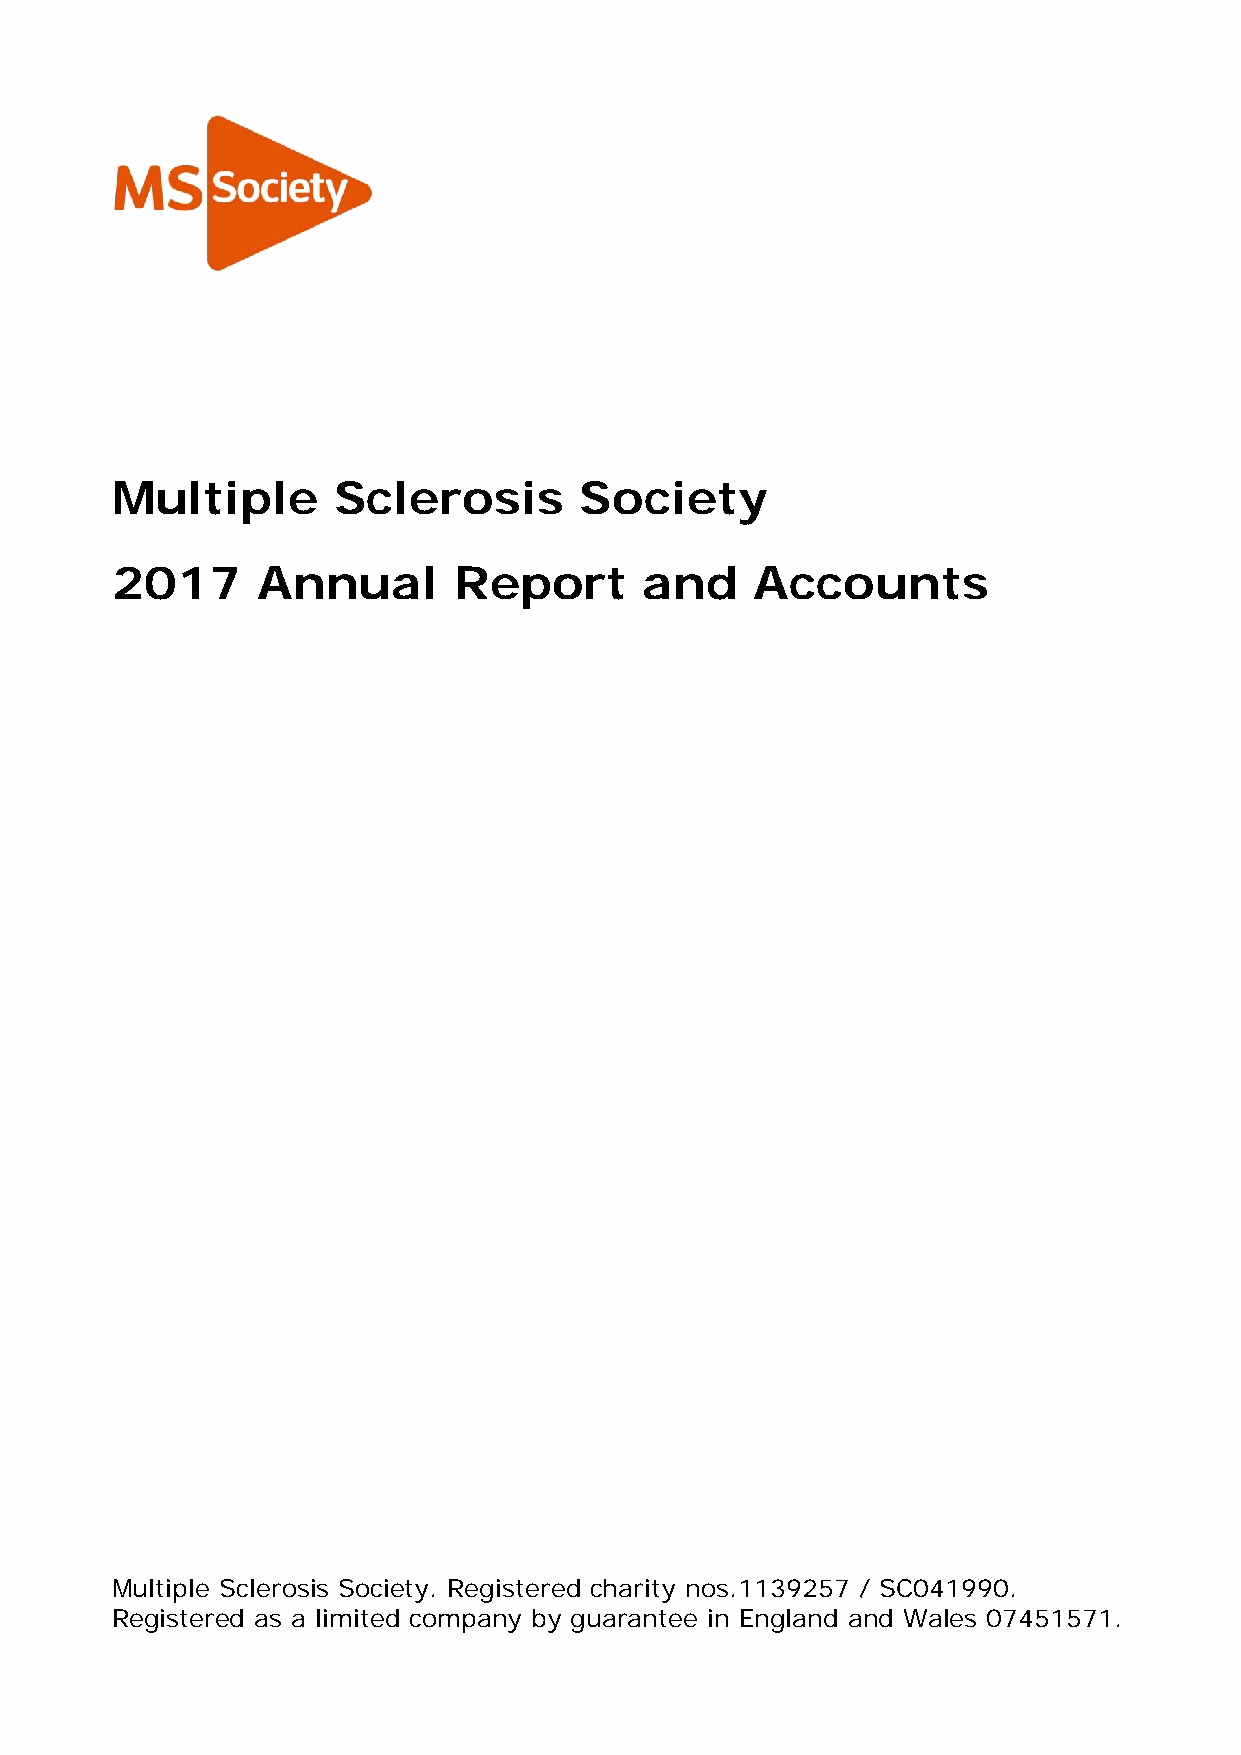
Multiple       Sclerosis       Society
 2017      Annual       Report       and    Accounts
 Multiple Sclerosis Society. Registered charity nos.1139257 / SC041990.
 Registered as a limited company by guarantee in England and Wales 07451571.